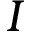
I